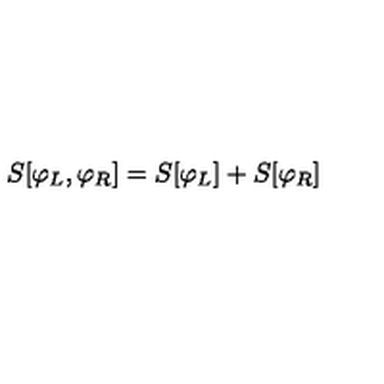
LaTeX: S [ \varphi _ { L } , \varphi _ { R } ] = S [ \varphi _ { L } ] + S [ \varphi _ { R } ]